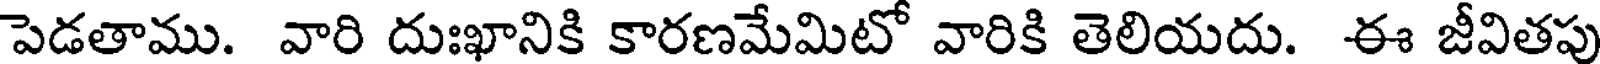
పెడతాము. వారి దుఃఖానికి కారణమేమిటో వారికి తెలియదు. ఈ జీవితపు